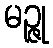
မဉ္ဇု